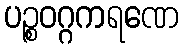
ပဉ္စဝဂ္ဂကရဏေ